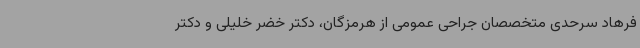
فرهاد سرحدی متخصصان جراحی عمومی از هرمزگان، دکتر خضر خلیلی و دکتر